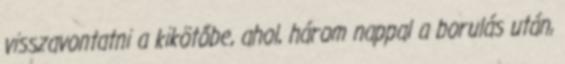
visszavontatni a kikötőbe, ahol, három nappal a borulás után,